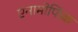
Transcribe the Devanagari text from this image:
एनामोर्फिक